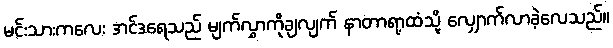
မင်းသားကလေး အင်ဒရေသည် မျက်လွှာကိုချလျက် နာတာရာ့ထံသို့ လျှောက်လာခဲ့လေသည်။